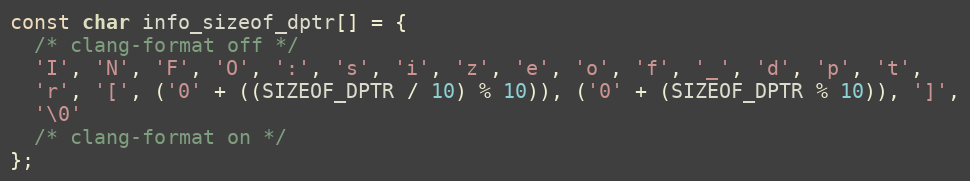
Language: C
const char info_sizeof_dptr[] = {
  /* clang-format off */
  'I', 'N', 'F', 'O', ':', 's', 'i', 'z', 'e', 'o', 'f', '_', 'd', 'p', 't',
  'r', '[', ('0' + ((SIZEOF_DPTR / 10) % 10)), ('0' + (SIZEOF_DPTR % 10)), ']',
  '\0'
  /* clang-format on */
};